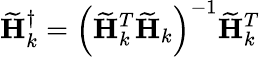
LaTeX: \widetilde{\mathbf{H}}_{k}^{\dagger}=\left(\widetilde{\mathbf{H}}_{k}^{T}\widetilde{\mathbf{H}}_{k}\right)^{-1}\widetilde{\mathbf{H}}_{k}^{T}